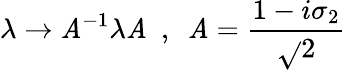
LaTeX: \lambda\rightarrow\mathit{A}^{-1}\lambda\mathit{A}~~,~~\mathit{A}=\frac{{1-i\sigma_{2}}}{{\sqrt{}{{2}}}}